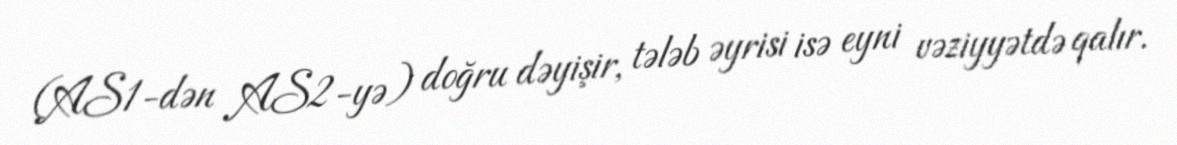
(AS1-dən AS2-yə) doğru dəyişir, tələb əyrisi isə eyni vəziyyətdə qalır.